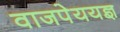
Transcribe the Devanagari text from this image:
वाजपेययज्ञ